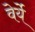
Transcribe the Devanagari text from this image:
वेर्ये